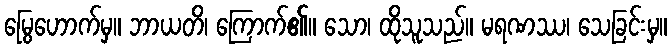
မြွေဟောက်မှ။ ဘာယတိ၊ ကြောက်၏။ သော၊ ထိုသူသည်။ မရဏဿ၊ သေခြင်းမှ။